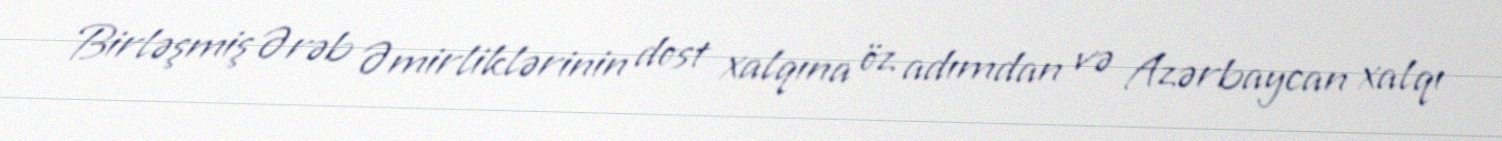
Birləşmiş Ərəb Əmirliklərinin dost xalqına öz adımdan və Azərbaycan xalqı